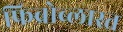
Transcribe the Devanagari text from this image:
फिब्रोब्लास्त